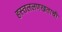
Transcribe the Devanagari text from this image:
हस्तललणखताची